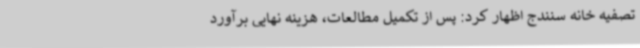
تصفیه خانه سنندج اظهار کرد: پس از تکمیل مطالعات، هزینه نهایی برآورد